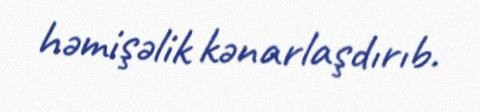
həmişəlik kənarlaşdırıb.